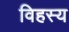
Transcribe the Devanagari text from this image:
विहस्य